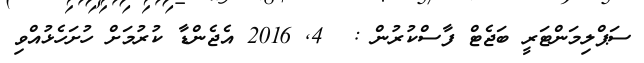
ސަޕްލިމަންޓަރީ ބަޖެޓް ފާސްކުރުން :  4